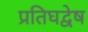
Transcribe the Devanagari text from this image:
प्रतिघद्वेष